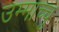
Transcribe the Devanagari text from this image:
उम्माच्चु